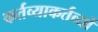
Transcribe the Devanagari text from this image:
कर्तव्याकर्तव्यों